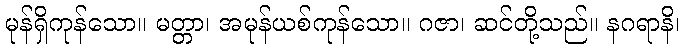
မုန်ရှိကုန်သော။ မတ္တာ၊ အမုန်ယစ်ကုန်သော။ ဂဇာ၊ ဆင်တို့သည်။ နဂရာနိ၊